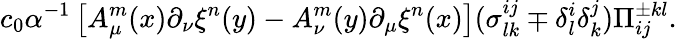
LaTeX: c_{0}\alpha^{-1}\left[A_{\mu}^{m}(x)\partial_{\nu}\xi^{n}(y)-A_{\nu}^{m}(y)\partial_{\mu}\xi^{n}(x)\right](\sigma_{lk}^{ij}\mp\delta_{l}^{i}\delta_{k}^{j})\Pi_{ij}^{\pm kl}.